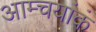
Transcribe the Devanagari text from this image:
आम्चयांकं